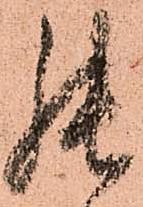
罷